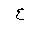
Letter: _ayn